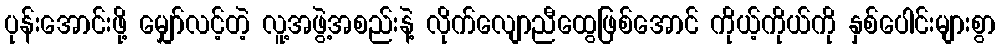
ပုန်းအောင်းဖို့ မျှော်လင့်တဲ့ လူ့အဖွဲ့အစည်းနဲ့ လိုက်လျောညီထွေဖြစ်အောင် ကိုယ့်ကိုယ်ကို နှစ်ပေါင်းများစွာ